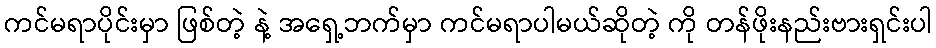
ကင်မရာပိုင်းမှာ ဖြစ်တဲ့ နဲ့ အရှေ့ဘက်မှာ ကင်မရာပါမယ်ဆိုတဲ့ ကို တန်ဖိုးနည်းဗားရှင်းပါ